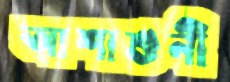
আশাশুনী